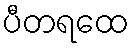
ပီတရထေ